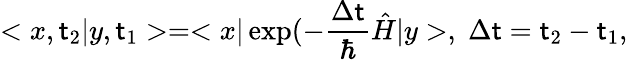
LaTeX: <x,\mathsf{t}_{2}|y,\mathsf{t}_{1}>=<x|\exp(-\frac{{\Delta\mathsf{t}}}{{\hbar}}\hat{{H}}|y>,\; \Delta\mathsf{t}=\mathsf{t}_{2}-\mathsf{t}_{1},